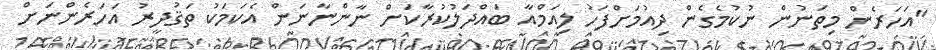
"އަހަރެން މިތަނުން ނުކުމެގެން ދިއުމަށްފަހު ލިއަމްއާ ބައްދަލުކުރާކަށް ނާންނާނަން އެކަމަކު ތަޤުދީރު އަހަރެންނަށް